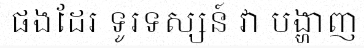
ផងដែរ ទូរទស្សន៍ វា បង្ហាញ